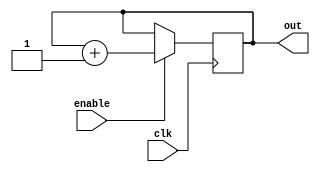
module Ring_Counter (
  input wire clk,    // clock input
  input wire enable, // enable signal
  output reg [3:0] out // output signal
);

reg [3:0] counter;  // internal counter variable

// Sequential logic for ring counter with enable
always @(posedge clk) begin
  if (enable) begin
    counter <= counter + 1; // increment counter when enable signal is high
  end
end

// Output logic for ring counter
always @(*) begin
  out = counter; // output counter value
end

endmodule